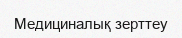
Медициналық зерттеу